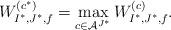
LaTeX: \begin{align*} W^{(c^*)}_{I^*,J^*,f}=\max_{c\in\mathcal{A}^{J^*}}W^{(c)}_{I^*,J^*,f}. \end{align*}